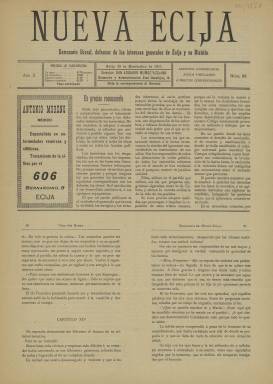
Título: Nueva Écija
Colección: Periódicos
Ámbito geográfico: Sevilla
Lugar de publicación: Écija [Sevilla]
Fechas: 30/11/1911-30/11/1911